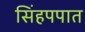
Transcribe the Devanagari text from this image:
सिंहपपात